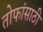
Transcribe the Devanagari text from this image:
तोफांसाठी